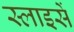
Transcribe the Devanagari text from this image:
स्लाइसें